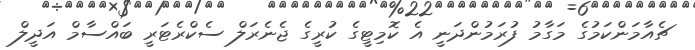
ޗެއާމަންކަމުގެ މަގާމު ފުރަމުންދަނީ އެ ކޮމިޓީގެ ކުރީގެ ޖެނެރަލް ސެކްރެޓަރީ ބައްސާމް އަދީލް